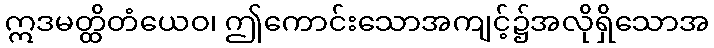
ဣဒမတ္ထိတံယေဝ၊ ဤကောင်းသောအကျင့်၌အလိုရှိသောအ